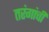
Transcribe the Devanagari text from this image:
तरंगांची